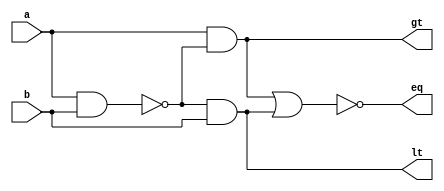
`timescale 1ns / 1ps
//////////////////////////////////////////////////////////////////////////////////
// Company: 
// Engineer: 
// 
// Design Name: 
// Module Name: comp
// Project Name: 
// Target Devices: 
// Tool Versions: 
// Description: 
// 
// Dependencies: 
// 
// Revision:
// Revision 0.01 - File Created
// Additional Comments:
// 
//////////////////////////////////////////////////////////////////////////////////

//1 bit comparator
module comp_1(
    input a,
    input b,
    output eq,
    output lt,
    output gt
);

wire c1;
nand(c1,a,b);
and(gt,a,c1);
and(lt,c1,b);
nor(eq,gt,lt);

endmodule

//4 bit comparator
module comp_4bit(
    input [3:0] a,
    input [3:0] b,
    output gt,
    output eq,
    output lt
); 

wire [3:0] gt1;
wire [3:0] eq1;
wire [3:0] lt1;
wire c0,c1,c2,c3,c4,c5;

comp_1 cp01(a[0],b[0],eq1[0],lt1[0],gt1[0]);
comp_1 cp02(a[1],b[1],eq1[1],lt1[1],gt1[1]);
comp_1 cp03(a[2],b[2],eq1[2],lt1[2],gt1[2]);
comp_1 cp04(a[3],b[3],eq1[3],lt1[3],gt1[3]);     

and(c0,gt1[2],eq1[3]);
and(c1,lt1[2],eq1[3]);
and(c2,gt1[1],eq1[2],eq1[3]);
and(c3,lt1[1],eq1[2],eq1[3]);
and(c4,gt1[0],eq1[1],eq1[2],eq1[3]);
and(c5,lt1[0],eq1[1],eq1[2],eq1[3]);

and(eq,eq1[0],eq1[1],eq1[2],eq1[3]);
or(gt,gt1[3],c0,c2,c4);
or(lt,lt1[3],c1,c3,c5);
    ////////////////////////

endmodule